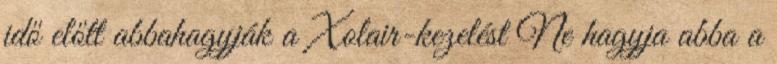
idő előtt abbahagyják a Xolair-kezelést Ne hagyja abba a